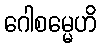
ဂေါစမ္မေဟိ